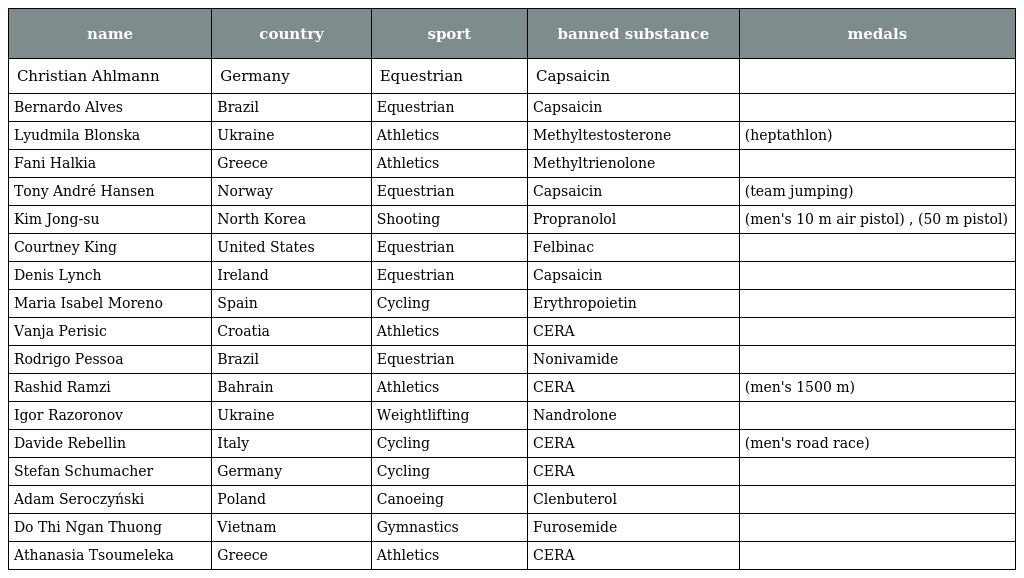
| name | country | sport | banned substance | medals |
 | --- | --- | --- | --- | --- |
 | Christian Ahlmann | Germany | Equestrian | Capsaicin |  |
 | Bernardo Alves | Brazil | Equestrian | Capsaicin |  |
 | Lyudmila Blonska | Ukraine | Athletics | Methyltestosterone | (heptathlon) |
 | Fani Halkia | Greece | Athletics | Methyltrienolone |  |
 | Tony André Hansen | Norway | Equestrian | Capsaicin | (team jumping) |
 | Kim Jong-su | North Korea | Shooting | Propranolol | (men's 10 m air pistol) , (50 m pistol) |
 | Courtney King | United States | Equestrian | Felbinac |  |
 | Denis Lynch | Ireland | Equestrian | Capsaicin |  |
 | Maria Isabel Moreno | Spain | Cycling | Erythropoietin |  |
 | Vanja Perisic | Croatia | Athletics | CERA |  |
 | Rodrigo Pessoa | Brazil | Equestrian | Nonivamide |  |
 | Rashid Ramzi | Bahrain | Athletics | CERA | (men's 1500 m) |
 | Igor Razoronov | Ukraine | Weightlifting | Nandrolone |  |
 | Davide Rebellin | Italy | Cycling | CERA | (men's road race) |
 | Stefan Schumacher | Germany | Cycling | CERA |  |
 | Adam Seroczyński | Poland | Canoeing | Clenbuterol |  |
 | Do Thi Ngan Thuong | Vietnam | Gymnastics | Furosemide |  |
 | Athanasia Tsoumeleka | Greece | Athletics | CERA |  |